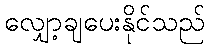
လျှော့ချပေးနိုင်သည်